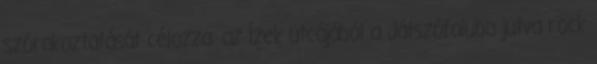
szórakoztatását célozza: az Ízek utcájából a Játszófaluba jutva rock